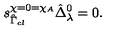
s _ { \hat { \Gamma } _ { c l } } ^ { \chi = 0 = \chi _ { A } } \hat { \Delta } _ { \lambda } ^ { 0 } = 0 .